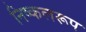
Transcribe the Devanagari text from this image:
निष्कलरूप